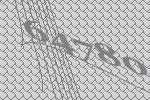
64780